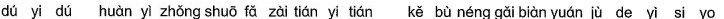
dú yi dú huàn yì zhǒng shuō fǎ zài tiái yi tiái kě bù néng gǎi biàn yuán jù de yì si yo